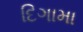
દિગામા